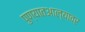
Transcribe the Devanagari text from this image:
पुण्यातआल्यावर